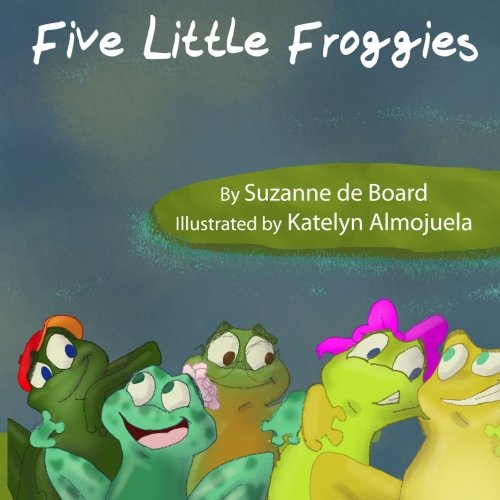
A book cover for Five Little Froggies; Suzanne C de Board; Children's Books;